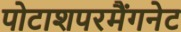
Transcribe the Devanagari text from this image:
पोटाशपरमैंगनेट